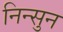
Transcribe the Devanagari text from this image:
निन्सुन